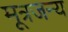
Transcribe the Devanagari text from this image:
मूत्रजन्य